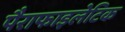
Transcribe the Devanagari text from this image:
पैराफाइलेटिक